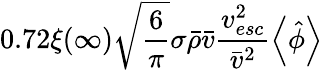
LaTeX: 0.72\xi(\infty)\sqrt{\frac{6}{\pi}}\sigma\bar{\rho}\bar{v}\frac{v_{esc}^{2}}{\bar{v}^{2}}\left<\hat{\phi}\right>